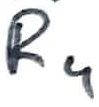
Text: R4